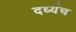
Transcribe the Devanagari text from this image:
दध्यंच